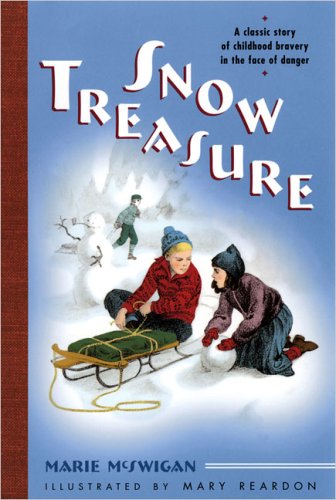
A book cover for Snow Treasure; Marie McSwigan; Children's Books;